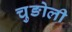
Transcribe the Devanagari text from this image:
चुङोली